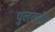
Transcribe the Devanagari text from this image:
पुलकनि